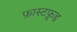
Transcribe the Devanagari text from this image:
फ़ास्टफ़ूड